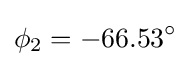
\phi _{2}=-66.53^{\circ }